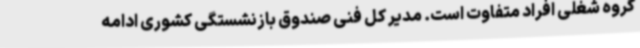
گروه شغلی افراد متفاوت است. مدیر کل فنی صندوق بازنشستگی کشوری ادامه